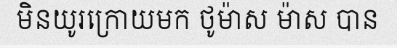
មិនយូរក្រោយមក ថូម៉ាស ម៉ាស បាន